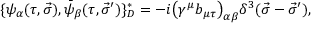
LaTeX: \{ \psi _ { \alpha } ( \tau , \vec { \sigma } ) , \bar { \psi } _ { \beta } ( \tau , \vec { \sigma } ^ { \prime } ) \} _ { D } ^ { \ast } = - i \big ( \gamma ^ { \mu } b _ { \mu \tau } \big ) _ { \alpha \beta } \delta ^ { 3 } ( \vec { \sigma } - \vec { \sigma } ^ { \prime } ) ,